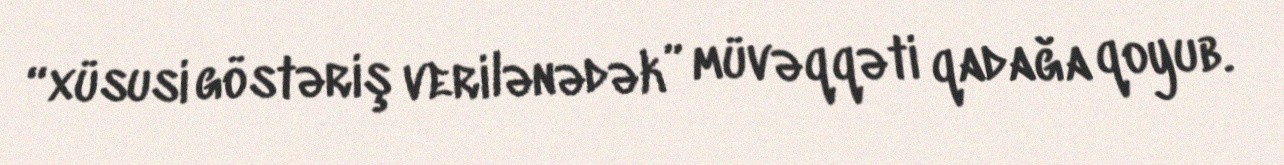
“xüsusi göstəriş verilənədək” müvəqqəti qadağa qoyub.